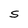
Character: S